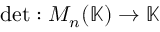
\operatorname* { d e t } : M _ { n } ( \mathbb { K } ) \rightarrow \mathbb { K }